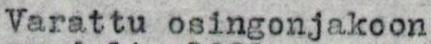
Varattu osingonjakoon